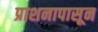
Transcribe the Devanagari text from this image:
प्राशनापासून